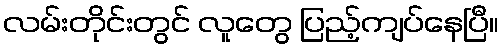
လမ်းတိုင်းတွင် လူတွေ ပြည့်ကျပ်နေပြီ။